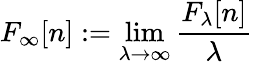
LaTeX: F_{\infty}[n]:=\operatorname*{lim}_{\lambda\to\infty}\frac{F_{\lambda}[n]}{\lambda}